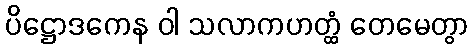
ပိဋ္ဌောဒကေန ဝါ သလာကဟတ္ထံ တေမေတွာ